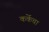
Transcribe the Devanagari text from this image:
कर्केचा